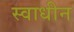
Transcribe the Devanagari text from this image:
स्‍वाधीन